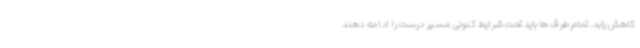
کاهش یابد. تمام طرف ‌ها باید تحت شرایط کنونی مسیر درست را ادامه دهند